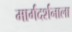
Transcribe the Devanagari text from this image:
मार्गदर्शनाला